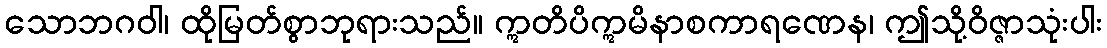
သောဘဂဝါ၊ ထိုမြတ်စွာဘုရားသည်။ ဣတိပိဣမိနာစကာရဏေန၊ ဤသို့ဝိဇ္ဇာသုံးပါး